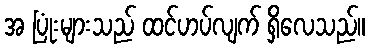
အ ပြုံးများသည် ထင်ဟပ်လျက် ရှိလေသည်။